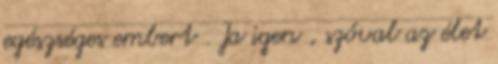
egészséges embert . Ja igen , szóval az élet